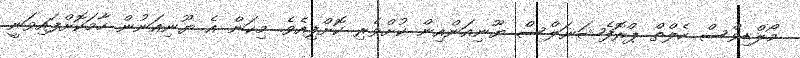
މޯލްޑިވްސް ހެލްތް ޕްރޮފެޝަނަލްސް ޔޫނިއަންއިން ކުށްވެރި ކޮށްފިއެވެ. މިކަން އެ ޔޫނިއަނުން ހާމަކޮށްފައިވަނީ